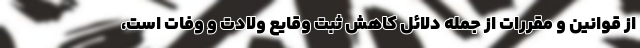
از قوانین و مقررات از جمله دلائل کاهش ثبت وقایع ولادت و وفات است،